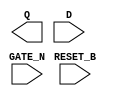
module sky130_fd_sc_hd__dlrtn (
    Q      ,
    RESET_B,
    D      ,
    GATE_N
);

    output Q      ;
    input  RESET_B;
    input  D      ;
    input  GATE_N ;

    // Voltage supply signals
    supply1 VPWR;
    supply0 VGND;
    supply1 VPB ;
    supply0 VNB ;

endmodule